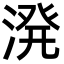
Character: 溌